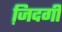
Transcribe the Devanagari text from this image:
जि़दगी